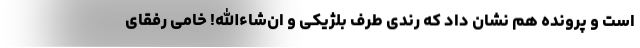
است و پرونده هم نشان داد که رندی طرف بلژیکی و ان‌شاءالله! خامی رفقای